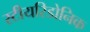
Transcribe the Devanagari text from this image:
स्टीयरिडोनिक